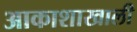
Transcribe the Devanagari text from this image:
आकाशाखाली